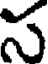
స